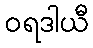
ဝရဒါယီ